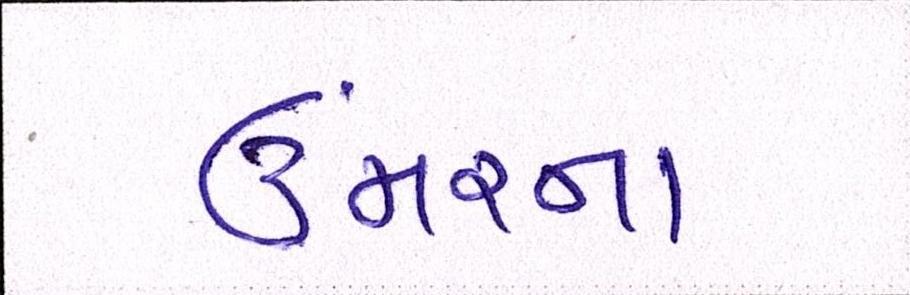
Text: ઉંમરના